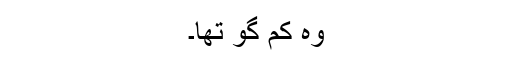
وہ کم گو تھا۔